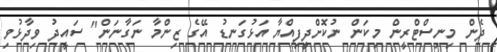
ދެން މިނިސްޓްރީން މިކަން ނުކޮށްދީފިއްޔާ އަޅުގަނޑު އޭގެ ޒިންމާ ނަގާނަން" ސައީދު ވިދާޅުވި